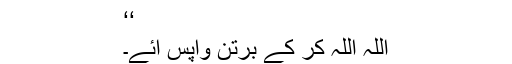
‘‘
اللہ اللہ کر کے برتن واپس آئے۔